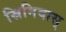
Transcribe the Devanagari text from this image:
स्रिनिवास्